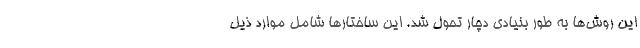
این روش‌­ها به طور بنیادی دچار تحول شد. این ساختارها شامل موارد ذیل